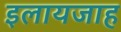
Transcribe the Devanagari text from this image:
इलायजाह